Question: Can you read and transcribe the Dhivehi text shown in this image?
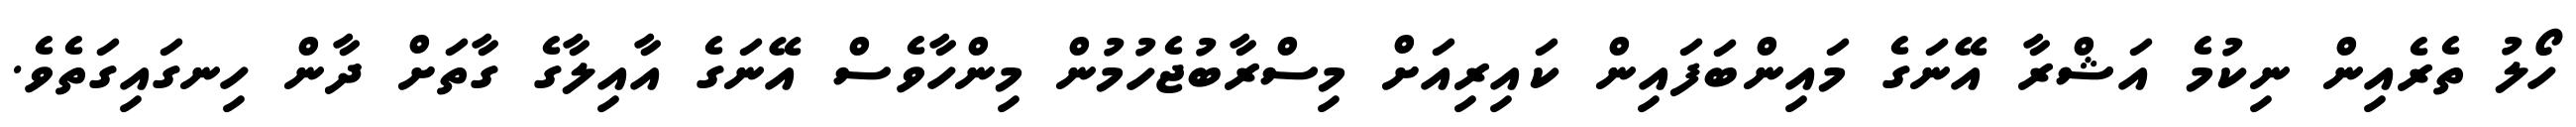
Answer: ހޯލު ތެރެއިން ނިކުމެ އަޝްރާ އޭނަގެ މައިންބަފައިން ކައިރިއަށް މިސްރާބުޖެހުމުން މިންހާވެސް އޭނަގެ އާއިލާގެ ގާތަށް ދާން ހިނގައިގަތެވެ.